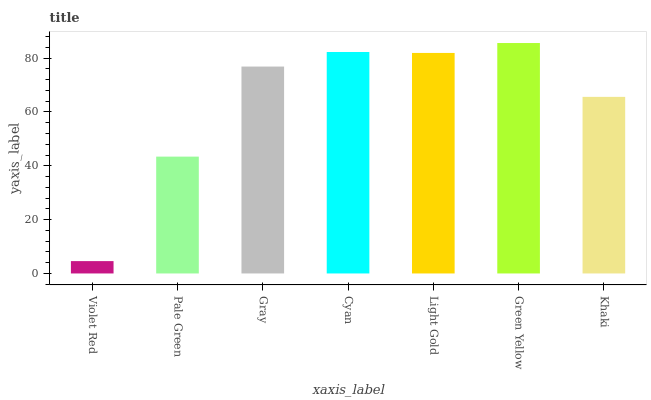
| xaxis_label | bars |
 | --- | --- |
 | Violet Red | 4.59 |
 | Pale Green | 43.4 |
 | Gray | 76.8 |
 | Cyan | 82.3 |
 | Light Gold | 81.9 |
 | Green Yellow | 85.6 |
 | Khaki | 65.6 |